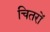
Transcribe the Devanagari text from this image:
चितरों